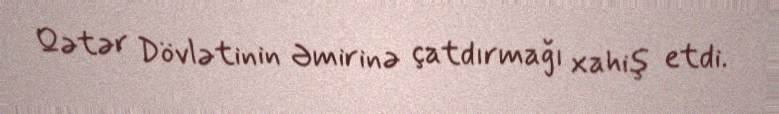
Qətər Dövlətinin Əmirinə çatdırmağı xahiş etdi.